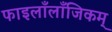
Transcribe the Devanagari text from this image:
फाइलाँलाँजिकम्